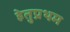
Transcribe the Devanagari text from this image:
हेतुप्रथम